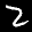
Label: 2